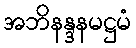
အဘိနန္ဒနမဋ္ဌမံ